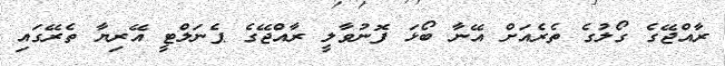
ރާއްޖޭގެ ގޯލުގެ ތެރެއަށް އޭނާ ބޯޅަ ފޮނުވާލީ ރާއްޖޭގެ ޕެނަލްޓީ އޭރިޔާ ތެރޭގައި